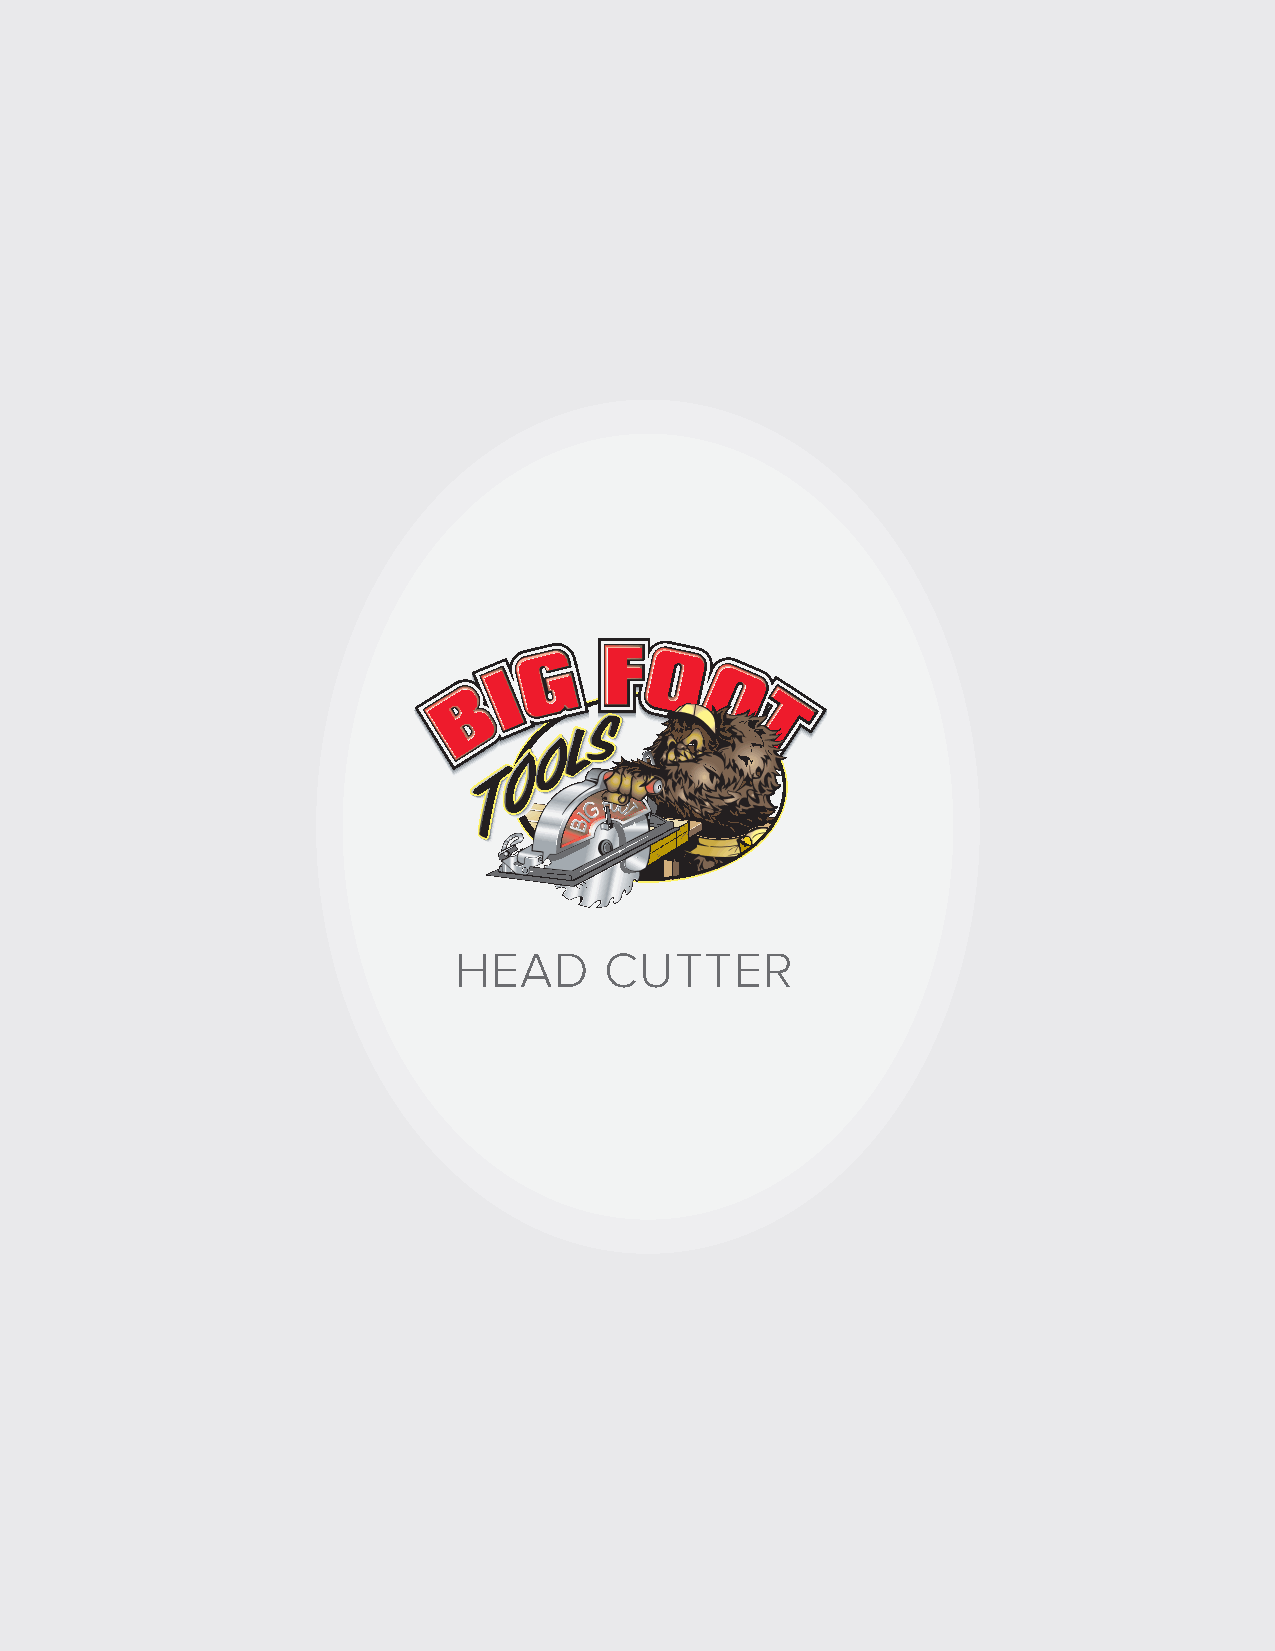
Ph: 702-565-9954 I info@bigfoottools.com
 HEAD      CUTTER
 www.BigFootTools.com                              www.BigFootTools.com
 12            13